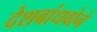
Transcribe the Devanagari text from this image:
देशबांधवोने